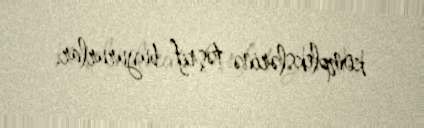
komplekslərinə təşrif buyururlar.